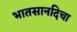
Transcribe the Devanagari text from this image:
भातसानदिचा